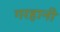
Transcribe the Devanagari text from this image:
गरहानी